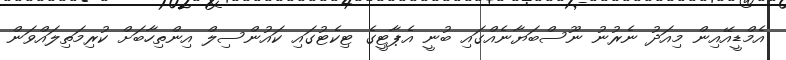
އެމްޑީއޭއިން މިއަދު ނެރުނު ނޫސްބަޔާނެއްގައި ބުނީ އެޕާޓީގެ ޓިކެޓުގައި ކައުންސިލް އިންތިހާބަށް ކުރިމަތިލައްވަން